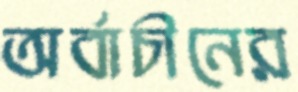
অর্বাচীনের